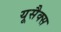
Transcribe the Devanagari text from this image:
यूसैक्स